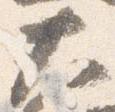
大